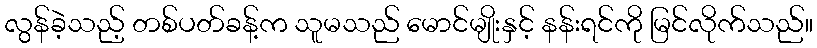
လွန်ခဲ့သည့် တစ်ပတ်ခန့်က သူမသည် မောင်မျိုးနှင့် နန်းရင်ကို မြင်လိုက်သည်။